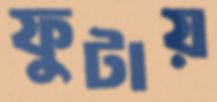
ফুটায়